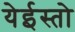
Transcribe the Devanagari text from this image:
येईस्तो